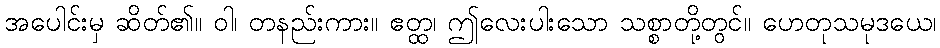
အပေါင်းမှ ဆိတ်၏။ ဝါ၊ တနည်းကား။ ဧတ္ထ၊ ဤလေးပါးသော သစ္စာတို့တွင်။ ဟေတုသမုဒယေ၊